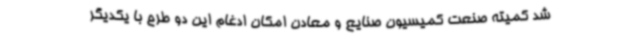
شد کمیته صنعت کمیسیون صنایع و معادن امکان ادغام این دو طرح با یکدیگر